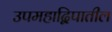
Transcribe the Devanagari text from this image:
उपमहाद्विपातील